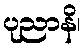
ပုညာနိ၊